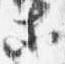
等